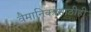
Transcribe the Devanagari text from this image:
वैमानिकांसाठीही